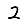
Digit: 2